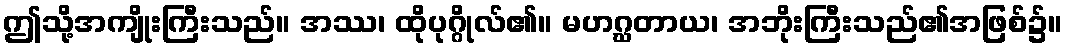
ဤသို့အကျိုးကြီးသည်။ အဿ၊ ထိုပုဂ္ဂိုလ်၏။ မဟဂ္ဃတာယ၊ အဘိုးကြီးသည်၏အဖြစ်၌။